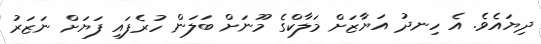
ދިޔައެވެ. އެ ހިނދު އަޔާޒަށް މަލާކްގެ މޫނަށް ބަލަން ހުރެފައި ފަޔަށް ނަޒަރު